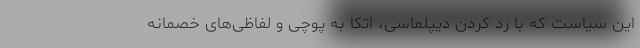
این سیاست که با رد کردن دیپلماسی، اتکا به پوچی و لفاظی‌های خصمانه